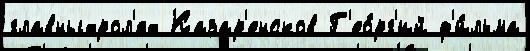
главныхрол'ях Казар'енсков Г'ео́рг'ий ф'и́льма